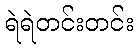
ရဲရဲတင်းတင်း